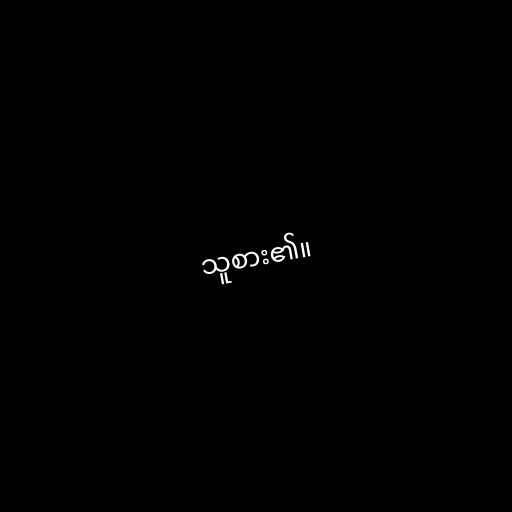
သူစား၏။